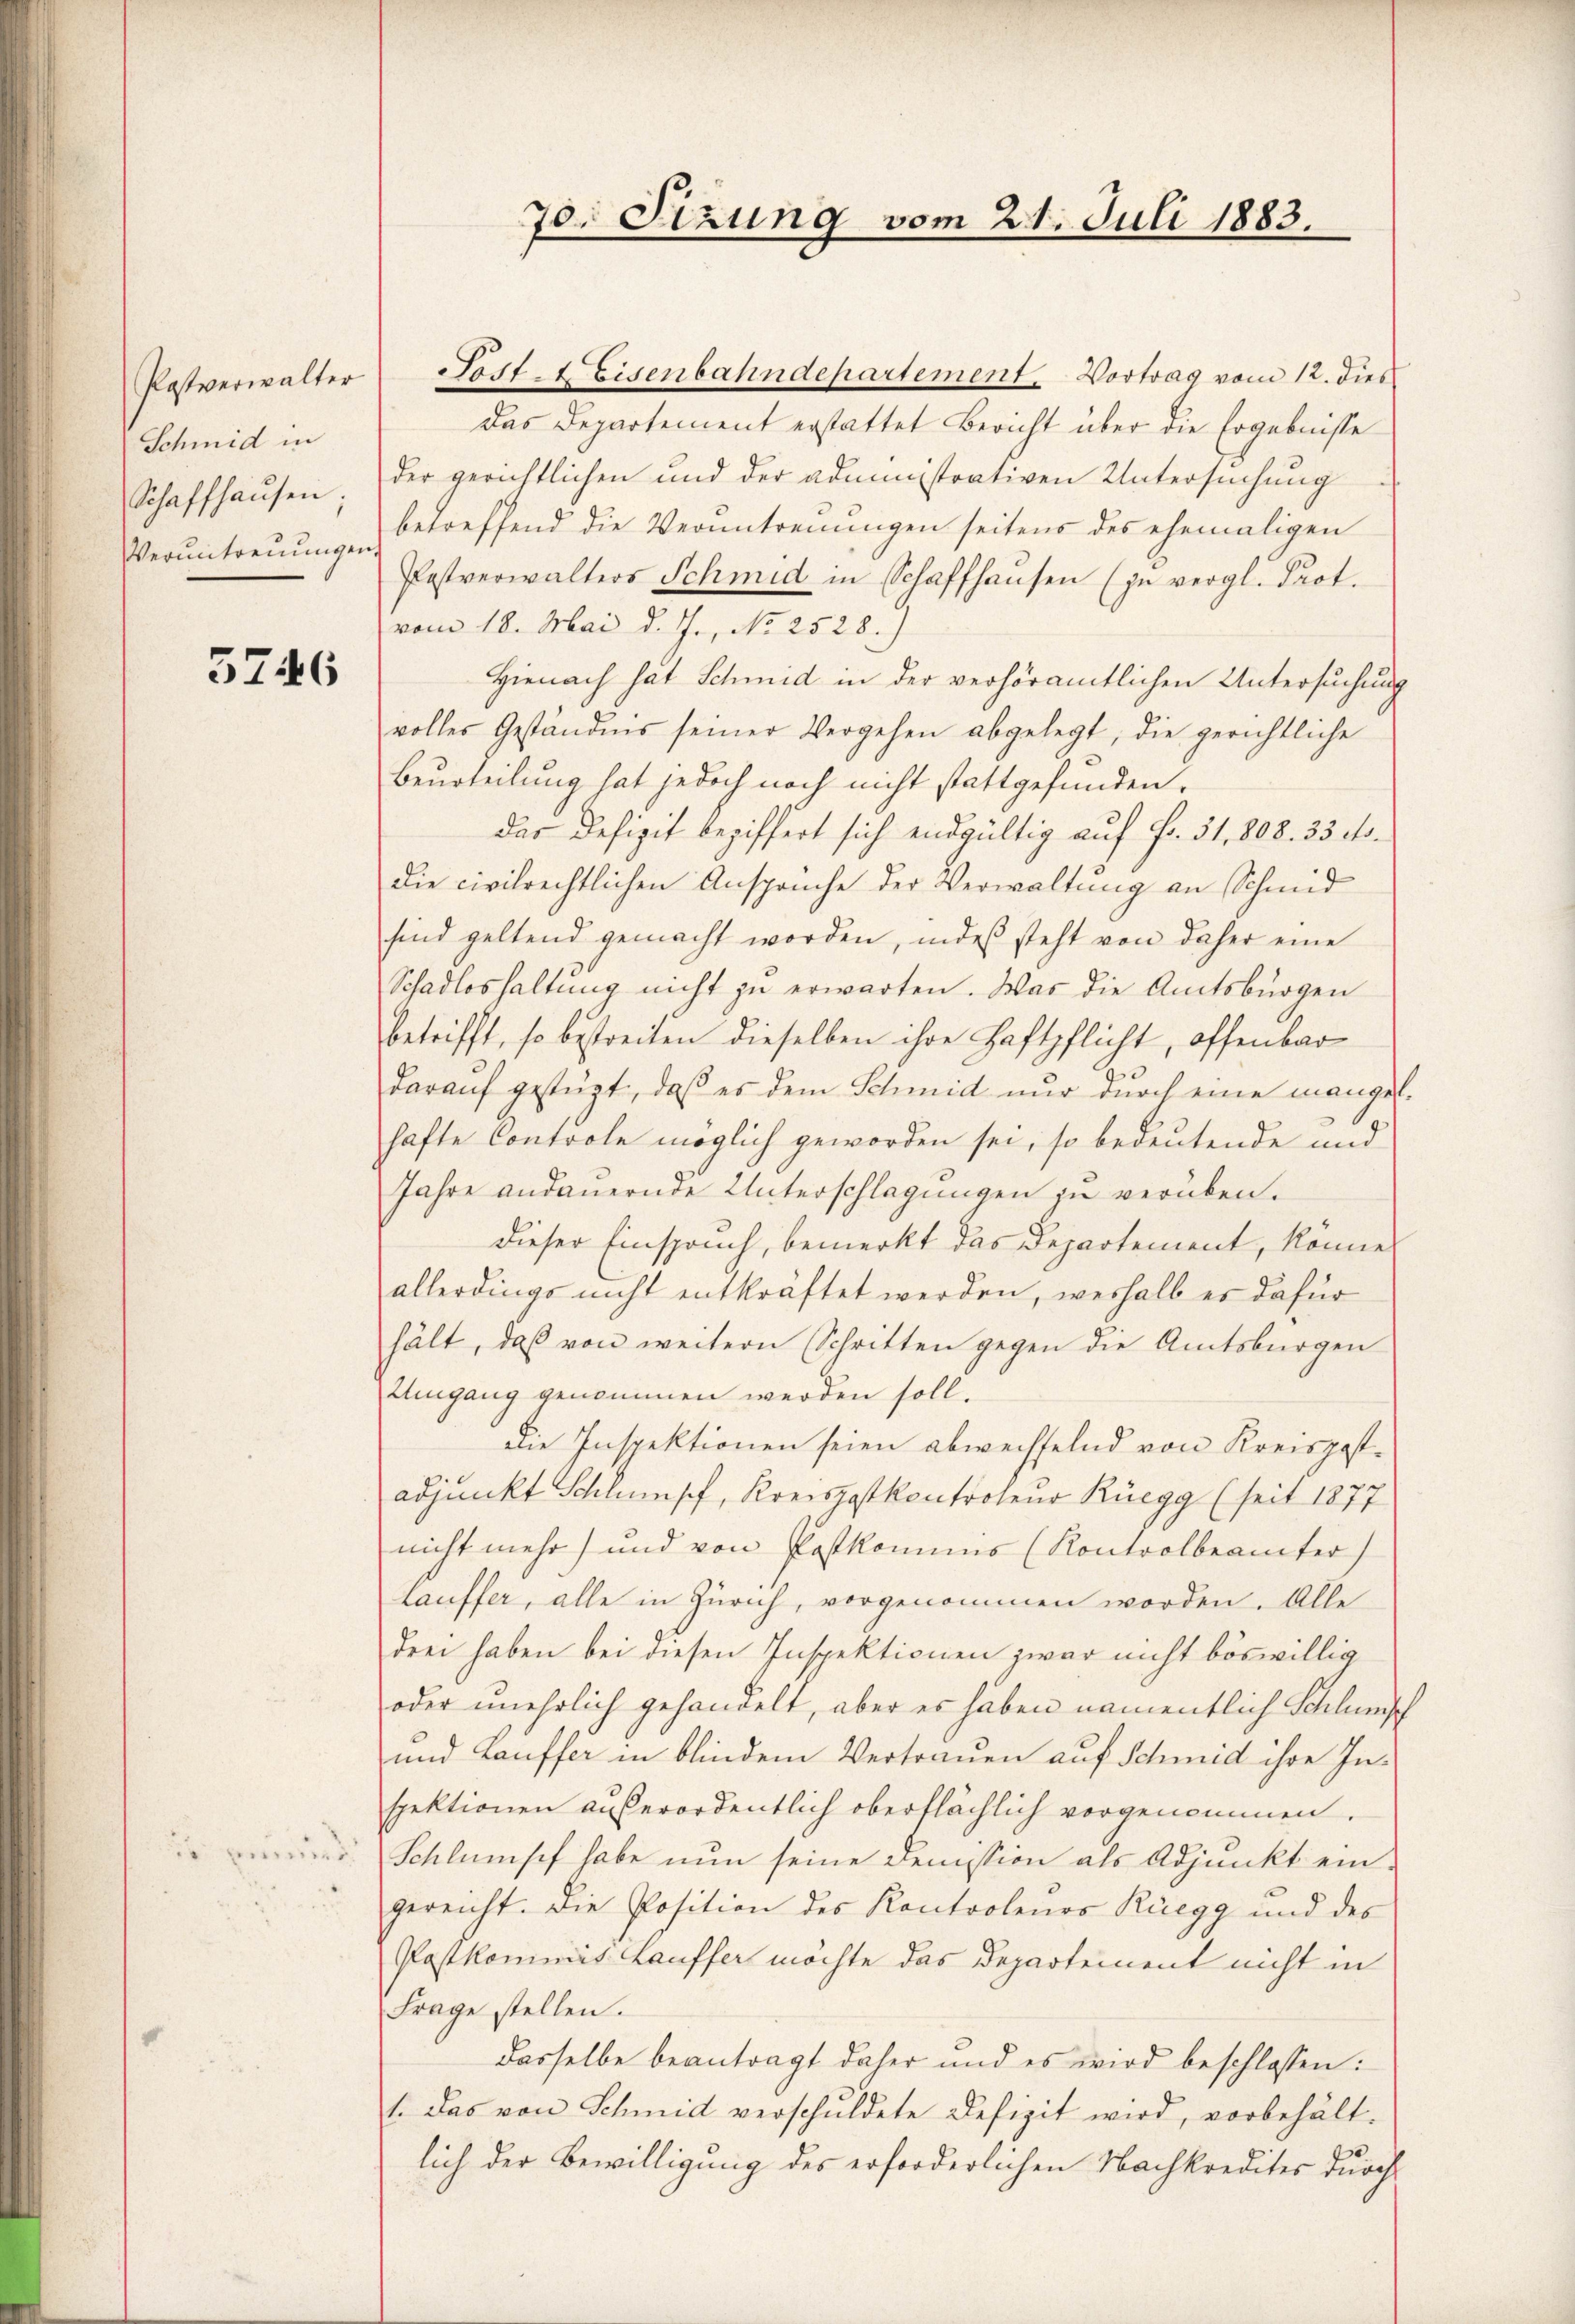
Postverwalter
Schmid in
Schaffhausen;
Veruntreuungen.

3746

u

u

70. Sizung vom 21. Juli 1883.

Post es Eisenbahndepartement, Vortrag vom 12. dies
Das Departement erstattet Bericht über die Ergebnisse
der gerichtlichen und der administrativen Untersuchung
betreffend die Verantrennungen seitens des ehemaligen
Pestverwalters Schmid in Schaffhausen (zu vergl. Prot.
vom 18. Mai d. J., No 2528.)
Hienach hat Schmid in der verhöramtlichen Untersuchung
volles Geständnis seiner Vergehen abgelegt, die gerichtliche
Beurteilung hat jedoch noch nicht stattgefunden.
das Defizit beziffert sich endgültig auf Fr. 31, 808. 33. ds.
die civilrechtlichen Ansprüche der Verwaltung an Schmid
sind geltend gemacht worden, indes steht von daher eine
Schadloshaltung nicht zu erwarten. Was die Amtsbürgen
betrifft, so bestreiten dieselben ihre Haftpflicht, offenbar
darauf gestüzt, daß es dem Schmid nur durch eine mangelhafte Controle möglich geworden sei, so bedeutende und
Jahre andauernde Unterschlagungen zu verüben.
dieser Einspruch, bemerkt das Departement, könne
allerdings nicht entkräftet werden, weshalb er dafür
hält, daß von weitern Schritten gegen die Amtsbürgen
Umgang genommen werden soll.
Die Inspektionen seien abwechselnd von Kreisgestadjunkt Schlumpf, Kreispostkontroleur Rüegg (seit 1877
nicht mehr) und von Postkomius (Kontrolbeamter
Lauffer, alle in Zürich, vorgenommen worden. Alle
drei haben bei diesen Inspektionen zwar nicht böswillig
oder unehrlich gehandelt, aber es haben namentlich Schlunsch
und Lauffer in blindem Vertrauen auf Schmid ihre Inspektionen außerordentlich oberflächlich vorgenommen.
Schlumsch habe nun seine Demission als Adjunkt eingereicht. Die Position des Kontroleurs Rüegg und des
Pastkommt Lauffer möchte das Departement nicht in
Frage stellen.
dasselbe beantragt daher und es wird beschlossen:
1. Das von Schmid verschuldete Defizit wird, vorbehält.
lich der Bewilligung des erforderlichen Nachkredites durch